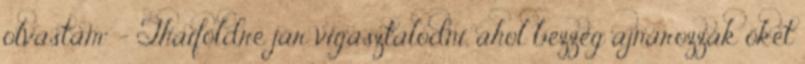
olvastam“ - Thaiföldre jár vigasztalódni, ahol bezzeg ajnározzák őket